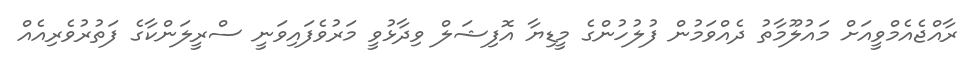
ރާއްޖެއެމްވީއަށް މައުލޫމާތު ދެއްވަމުން ފުލުހުންގެ މީޑިޔާ އޮފިޝަލް ވިދާޅުވީ މަރުވެފައިވަނީ ސްރީލަންކާގެ ފަތުރުވެރިއެއް